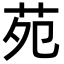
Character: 苑